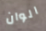
الوان